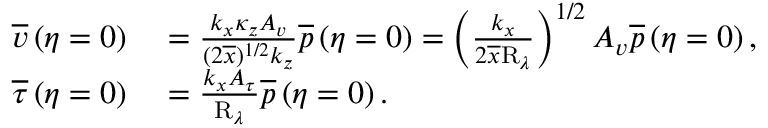
\begin{array} { r l } { \overline { { v } } \left( \eta = 0 \right) } & { { } = \frac { k _ { x } \kappa _ { z } A _ { v } } { ( 2 \overline { { x } } ) ^ { 1 / 2 } k _ { z } } \overline { { p } } \left( \eta = 0 \right) = \left( \frac { k _ { x } } { 2 \overline { { x } } \mathrm { R } _ { \lambda } } \right) ^ { 1 / 2 } A _ { v } \overline { { p } } \left( \eta = 0 \right) , } \\ { \overline { { \tau } } \left( \eta = 0 \right) } & { { } = \frac { k _ { x } A _ { \tau } } { \mathrm { R } _ { \lambda } } \overline { { p } } \left( \eta = 0 \right) . } \end{array}